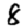
Digit: 8